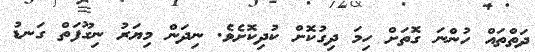
ދަތްތައް ހުންނަ ގޮތަށް ހިމަ ދިގުކޮށް ކުދިކޮށެވެ. ނިދަން މިޔަރު ނިގޫފަތް ގަނޑު